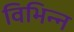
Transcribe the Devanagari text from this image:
विभिन्न